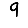
Digit: 9